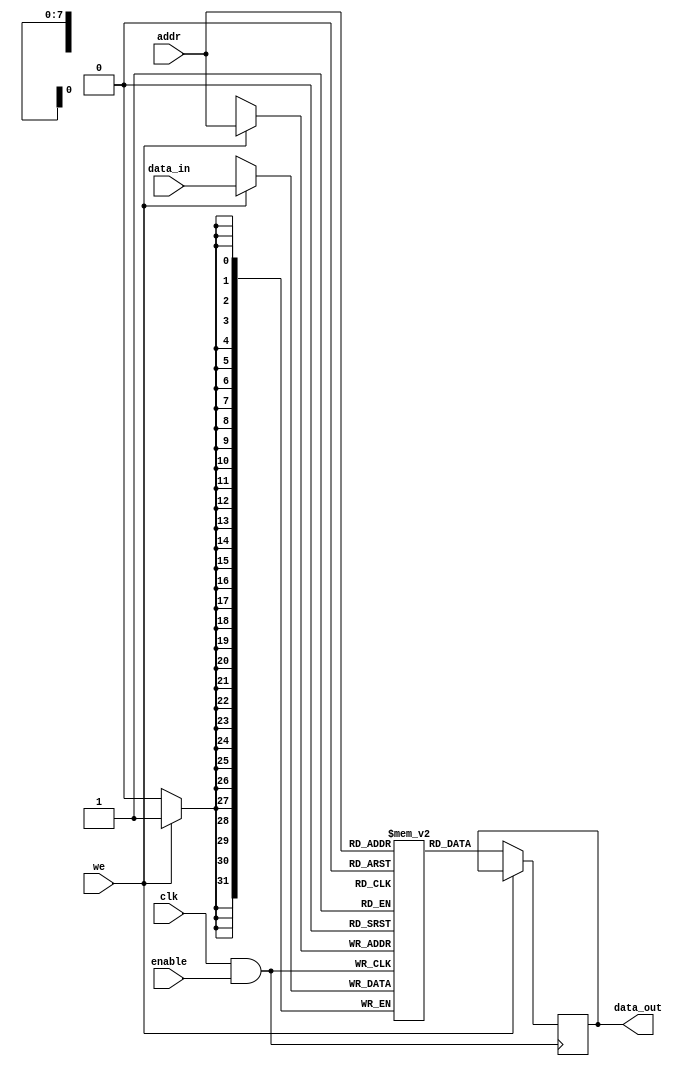
module MemoryBlock (
    input wire clk,               // Main clock signal
    input wire enable,            // Enable signal for memory block
    input wire [7:0] addr,        // Address input
    input wire [31:0] data_in,    // Data input for write operations
    input wire we,                // Write enable signal
    output reg [31:0] data_out     // Data output for read operations
);

    // Memory array declaration (256 x 32 bits)
    reg [31:0] memory_array [0:255];

    // Clock gating logic
    wire gated_clk;
    assign gated_clk = clk & enable; // Clock is enabled only when 'enable' is high

    // Memory operations
    always @(posedge gated_clk) begin
        if (we) begin
            // Write operation
            memory_array[addr] <= data_in;
        end else begin
            // Read operation
            data_out <= memory_array[addr];
        end
    end

endmodule